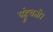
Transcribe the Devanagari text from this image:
पंहुचती।